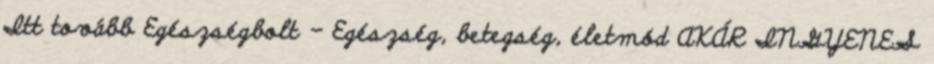
Itt tovább Egészségbolt - Egészség, betegség, életmód AKÁR INGYENES